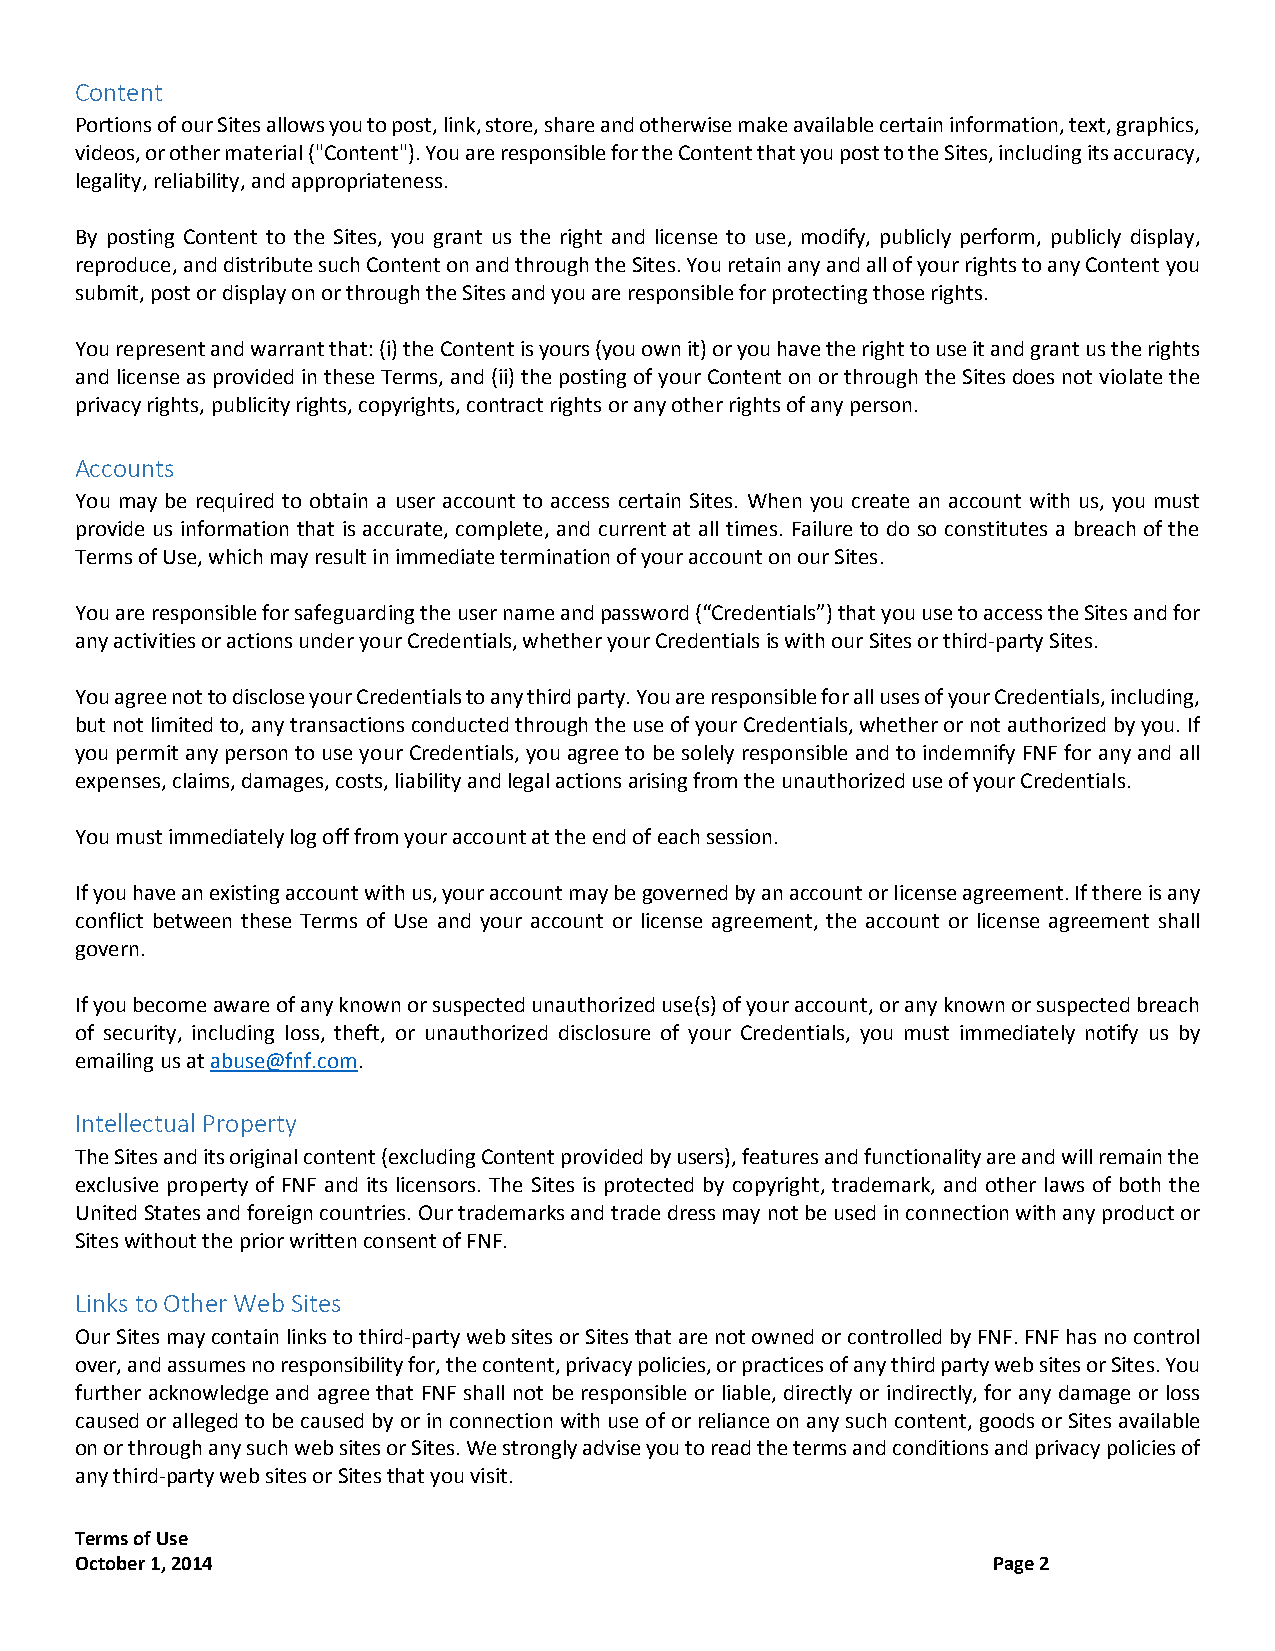
Content
 Portions of our Sites allows you to post, link, store, share and otherwise make available certain information, text, graphics,
 videos, or other material ("Content"). You are responsible for the Content that you post to the Sites, including its accuracy,
 legality, reliability, and appropriateness.
 By posting Content to the Sites, you grant us the right and license to use, modify, publicly perform, publicly display,
 reproduce, and distribute such Content on and through the Sites. You retain any and all of your rights to any Content you
 submit, post or display on or through the Sites and you are responsible for protecting those rights.
 You represent and warrant that: (i) the Content is yours (you own it) or you have the right to use it and grant us the rights
 and license as provided in these Terms, and (ii) the posting of your Content on or through the Sites does not violate the
 privacy rights, publicity rights, copyrights, contract rights or any other rights of any person.
 Accounts
 You may be required to obtain a user account to access certain Sites. When you create an account with us, you must
 provide us information that is accurate, complete, and current at all times. Failure to do so constitutes a breach of the
 Terms of Use, which may result in immediate termination of your account on our Sites.
 You are responsible for safeguarding the user name and password (“Credentials”) that you use to access the Sites and for
 any activities or actions under your Credentials, whether your Credentials is with our Sites or third-party Sites.
 You agree not to disclose your Credentials to any third party. You are responsible for all uses of your Credentials, including,
 but not limited to, any transactions conducted through the use of your Credentials, whether or not authorized by you. If
 you permit any person to use your Credentials, you agree to be solely responsible and to indemnify FNF for any and all
 expenses, claims, damages, costs, liability and legal actions arising from the unauthorized use of your Credentials.
 You must immediately log off from your account at the end of each session.
 If you have an existing account with us, your account may be governed by an account or license agreement. If there is any
 conflict between these Terms of Use and your account or license agreement, the account or license agreement shall
 govern.
 If you become aware of any known or suspected unauthorized use(s) of your account, or any known or suspected breach
 of security, including loss, theft, or unauthorized disclosure of your Credentials, you must immediately notify us by
 emailing us at abuse@fnf.com.
 Intellectual Property
 The Sites and its original content (excluding Content provided by users), features and functionality are and will remain the
 exclusive property of FNF and its licensors. The Sites is protected by copyright, trademark, and other laws of both the
 United States and foreign countries. Our trademarks and trade dress may not be used in connection with any product or
 Sites without the prior written consent of FNF.
 Links to Other Web Sites
 Our Sites may contain links to third-party web sites or Sites that are not owned or controlled by FNF. FNF has no control
 over, and assumes no responsibility for, the content, privacy policies, or practices of any third party web sites or Sites. You
 further acknowledge and agree that FNF shall not be responsible or liable, directly or indirectly, for any damage or loss
 caused or alleged to be caused by or in connection with use of or reliance on any such content, goods or Sites available
 on or through any such web sites or Sites. We strongly advise you to read the terms and conditions and privacy policies of
 any third-party web sites or Sites that you visit.
 Terms of Use
 October 1, 2014                                              Page 2